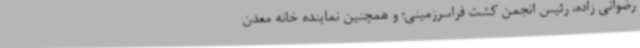
رضوانی زاده، رئیس انجمن کشت فراسرزمینی؛ و همچنین نماینده خانه معدن